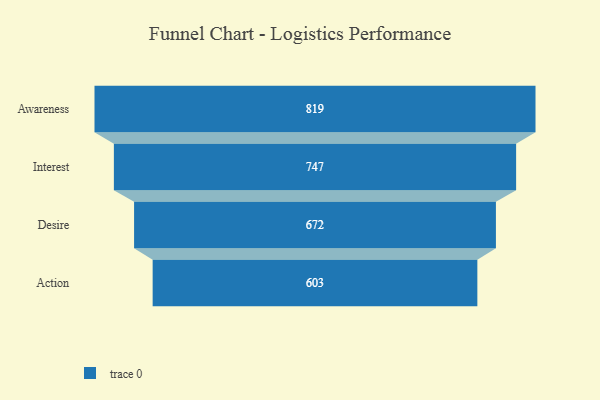
{"axis": {"x": "Stage", "y": "Value"}, "legend": [""], "data": [{"x": "Awareness", "y": 819.0, "type": ""}, {"x": "Interest", "y": 747.0, "type": ""}, {"x": "Desire", "y": 672.0, "type": ""}, {"x": "Action", "y": 603.0, "type": ""}]}